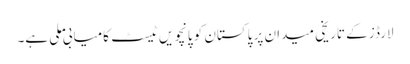
لارڈز کے تاریخی میدان پر پاکستان کو پانچویں ٹیسٹ کامیابی ملی ہے۔